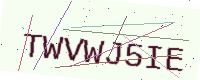
Text: TWVWJ5IE